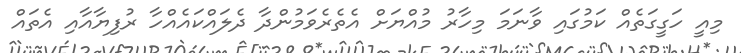
މިއީ ހަގީގަތެއް ކަމުގައި ވާނަމަ މިހާރު މުއްޔަށް އެތެރެވަމުންދާ ދެލައްކައެއްހާ ރުފިޔާއާއި އެތައް